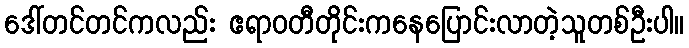
ဒေါ်တင်တင်ကလည်း ဧရာဝတီတိုင်းကနေပြောင်းလာတဲ့သူတစ်ဦးပါ။